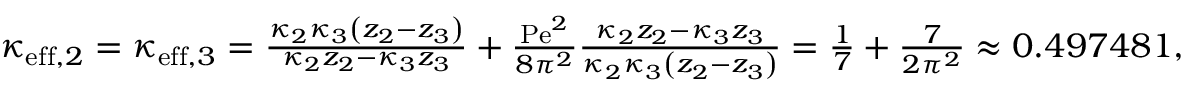
\begin{array} { r l } & { \kappa _ { \mathrm { e f f } , 2 } = \kappa _ { \mathrm { e f f } , 3 } = \frac { \kappa _ { 2 } \kappa _ { 3 } \left( z _ { 2 } - z _ { 3 } \right) } { \kappa _ { 2 } z _ { 2 } - \kappa _ { 3 } z _ { 3 } } + \frac { \mathrm { P e } ^ { 2 } } { 8 \pi ^ { 2 } } \frac { \kappa _ { 2 } z _ { 2 } - \kappa _ { 3 } z _ { 3 } } { \kappa _ { 2 } \kappa _ { 3 } \left( z _ { 2 } - z _ { 3 } \right) } = \frac { 1 } { 7 } + \frac { 7 } { 2 \pi ^ { 2 } } \approx 0 . 4 9 7 4 8 1 , } \end{array}